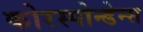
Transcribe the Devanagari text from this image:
कोरस्पोन्डेन्स